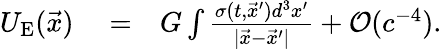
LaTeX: \begin{array}{rlr}{U_{\mathrm{E}}(\vec{x})}&{{}=}&{G\int\frac{\sigma(t,{\vec{x}^{\prime}})d^{3}x^{\prime}}{|{\vec{x}}-{\vec{x}^{\prime}}|}+{\cal O}(c^{-4}).}\end{array}